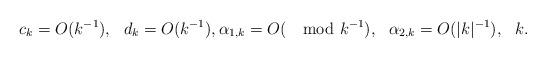
LaTeX: \begin{align*}c_k = O(k^{-1}), \ \ d_k = O(k^{-1}), \alpha_{1,k}=O(\mod{k}^{-1}),\ \ \alpha_{2,k}= O(|k|^{-1}), \ \ k. \end{align*}